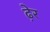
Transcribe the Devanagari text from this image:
ढे़र